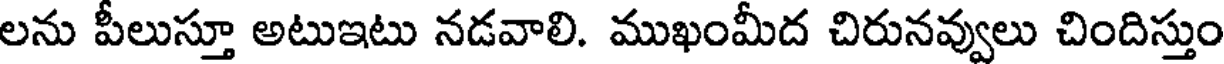
లను పీలుస్తూ అటుఇటు నడవాలి. ముఖంమీద చిరునవ్వులు చిందిస్తుం